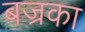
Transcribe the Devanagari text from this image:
बज्रका